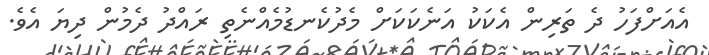
އެއަށްފަހު ދެ ތަރިން އެކަކު އަނެކަކަށް މެދުކެނޑުމެއްނެތި ރައްދު ދެމުން ދިޔަ އެވެ.